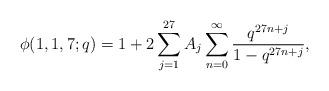
LaTeX: \begin{align*}\phi(1,1,7;q)=1+2\sum^{27}_{j=1}A_j\sum^{\infty}_{n=0}\frac{q^{27n+j}}{1-q^{27n+j}},\end{align*}